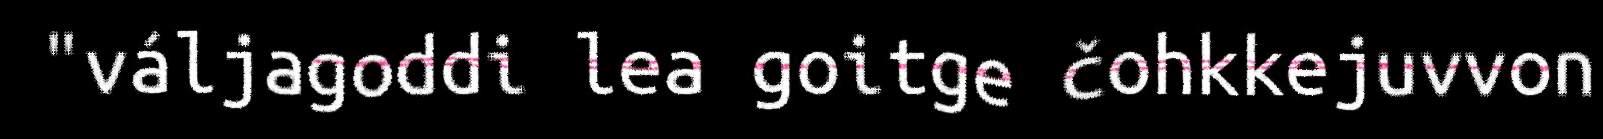
"váljagoddi lea goitge čohkkejuvvon